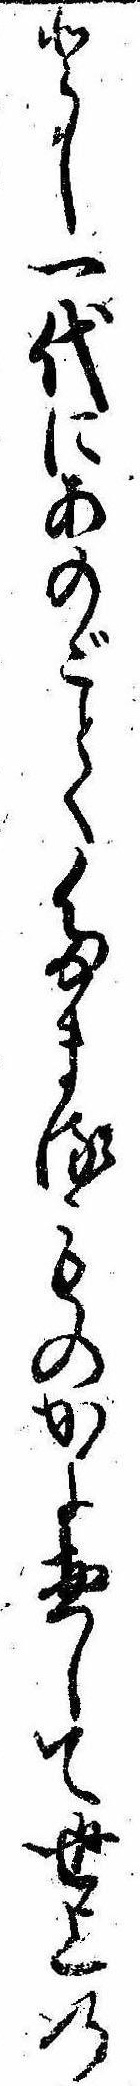
とし一代にあのごとくたまるものかよ惣して世上の